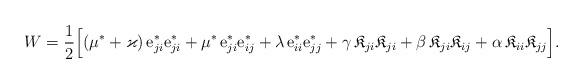
LaTeX: \begin{align*}W = \frac{1}{2}\Big[& (\mu^*+\varkappa)\, {\rm e}^* _{ji}{\rm e}^* _{ji}+ \mu^*\, {\rm e}^*_{ji} {\rm e}^*_{ij} +\lambda\, {\rm e}^*_{ii} {\rm e}^*_{jj} +\gamma \, \mathfrak{K}_{ji}\mathfrak{K}_{ji} +\beta\, \mathfrak{K}_{ji} \mathfrak{K}_{ij} + \alpha\, \mathfrak{K}_{ii} \mathfrak{K}_{jj} \Big].\end{align*}